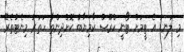
މި ލަނޑު އެ ޓީމަށް ޓޯނީ ކްރޫސް ކާމިޔާބު ކޮށްދިންތާ ހަތަރު މިނެޓުތެރޭ